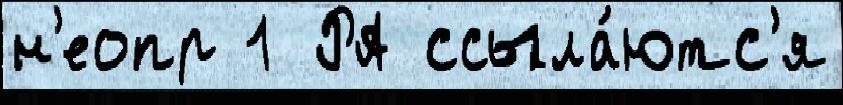
н'еопр 1 РА ссыла́ютс'я